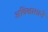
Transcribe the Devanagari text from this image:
अविश्वासाने